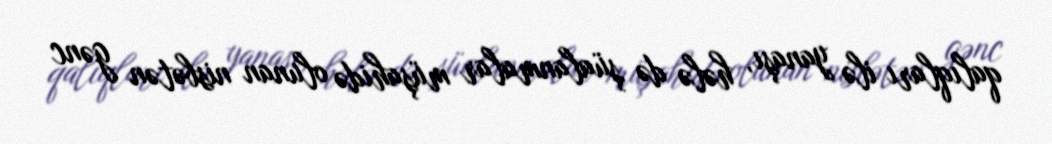
qalıqları ilə yanaşı, hələ də şüalanmalar müşahidə olunan nisbətən gənc